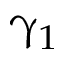
\upgamma _ { 1 }